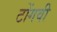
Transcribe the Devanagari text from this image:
टोंगवी